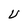
Character: U